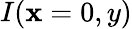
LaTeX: I(\mathbf{x}=0,y)